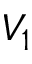
V _ { 1 }